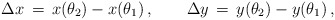
\begin{align*}\Delta x \,=\, x(\theta_2) -x(\theta_1)\,,\qquad\Delta y \,=\,y(\theta_2) - y(\theta_1)\,,\end{align*}